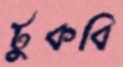
টুকবি